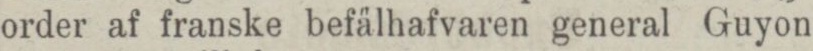
order af franske befälhafvaren general Guyon